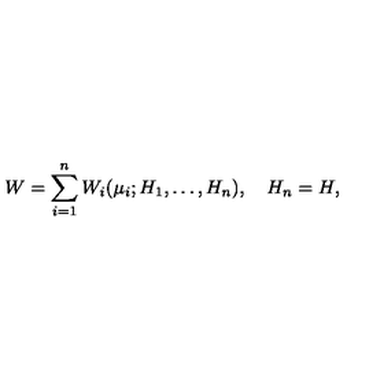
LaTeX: W = \sum _ { i = 1 } ^ { n } W _ { i } ( { \mu } _ { i } ; H _ { 1 } , \ldots , H _ { n } ) , \quad H _ { n } = H ,